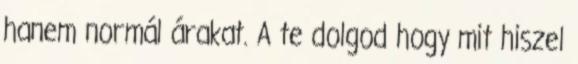
hanem normál árakat. A te dolgod hogy mit hiszel